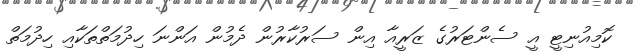
ކޮމިއުނިޓީ އީ ސެންޓަރުގެ ޒަރީއާ އިން ސަރުކާރުން ދެމުން އަންނަ ހިދުމަތްތަކާއި ހިދުމަތް